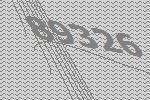
89326